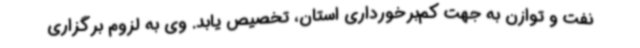
نفت و توازن به جهت کم‌برخورداری استان، تخصیص یابد. وی به لزوم برگزاری